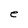
Character: e